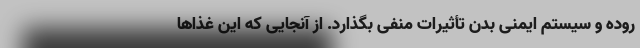
روده و سیستم ایمنی بدن تأثیرات منفی بگذارد. از آنجایی که این غذا‌ها